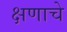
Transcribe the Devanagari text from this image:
क्षणाचे